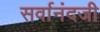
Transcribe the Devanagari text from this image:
सर्वानंदजी